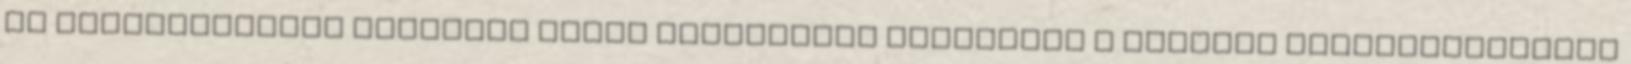
AZ ELSAJÁTÍTANDÓ JOGANYAG Egyes tételeknél szükséges a Büntető Törvénykönyvről